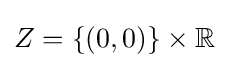
Z=\{(0,0)\}\times \mathbb {R}